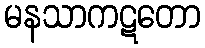
မနသာကဋတော